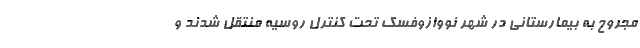
مجروح به بیمارستانی در شهر نووازوفسک تحت کنترل روسیه منتقل شدند و